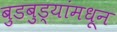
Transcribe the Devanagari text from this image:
बुडबुड्यांमधून